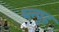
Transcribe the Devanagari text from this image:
ब्ल्युह